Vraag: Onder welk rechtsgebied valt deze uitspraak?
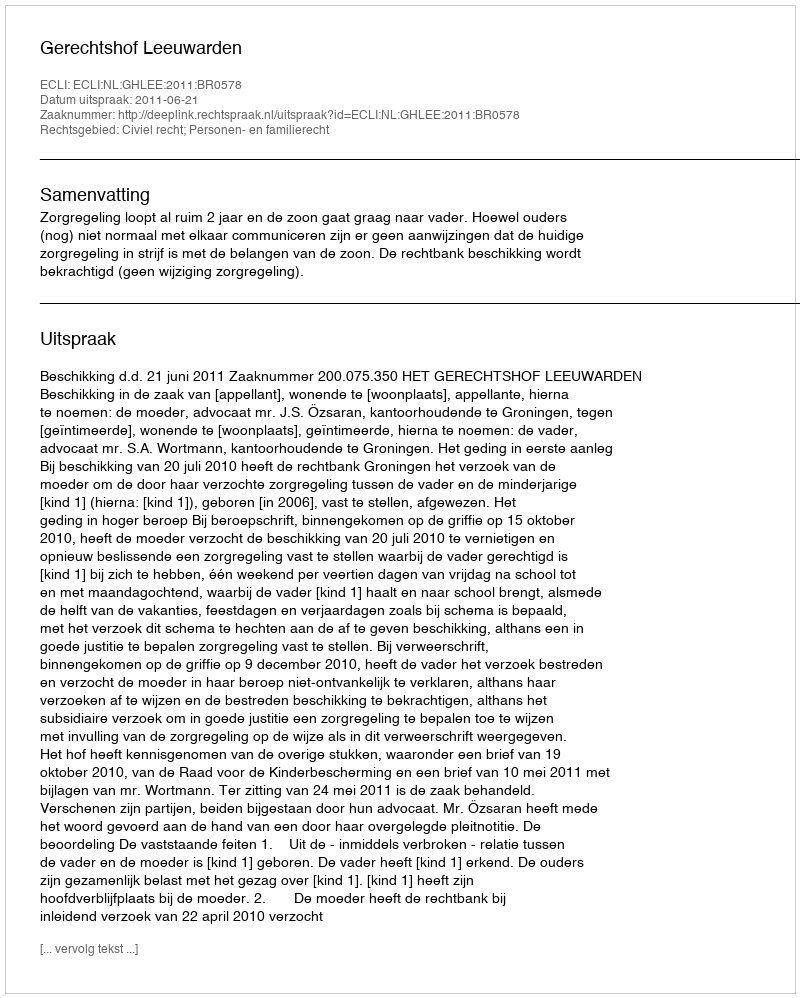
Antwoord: Civiel recht; Personen- en familierecht